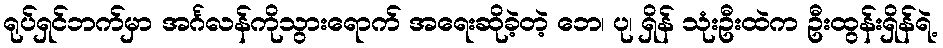
ရုပ်ရှင်ဘက်မှာ အင်္ဂလန်ကိုသွားရောက် အရေးဆိုခဲ့တဲ့ ဘေ၊ ပု၊ ရှိန် သုံးဦးထဲက ဦးထွန်းရှိန်ရဲ့